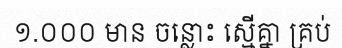
១.០០០ មាន ចន្លោះ ស្មើគ្នា គ្រប់